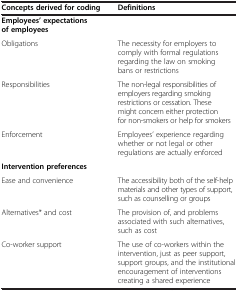
<table><thead><tr><td><b>Concepts derived for coding</b></td><td><b>Definitions</b></td></tr></thead><tbody><tr><td><b>Employees’ expectations of employees</b></td><td> </td></tr><tr><td>Obligations</td><td>The necessity for employers to comply with formal regulations regarding the law on smoking bans or restrictions</td></tr><tr><td>Responsibilities</td><td>The non-legal responsibilities of employers regarding smoking restrictions or cessation. These might concern either protection for non-smokers or help for smokers</td></tr><tr><td>Enforcement</td><td>Employees’ experience regarding whether or not legal or other regulations are actually enforced</td></tr><tr><td><b>Intervention preferences</b></td><td> </td></tr><tr><td>Ease and convenience</td><td>The accessibility both of the self-help materials and other types of support, such as counselling or groups</td></tr><tr><td>Alternatives* and cost</td><td>The provision of, and problems associated with such alternatives, such as cost</td></tr><tr><td>Co-worker support</td><td>The use of co-workers within the intervention, just as peer support, support groups, and the institutional encouragement of interventions creating a shared experience</td></tr></tbody></table>